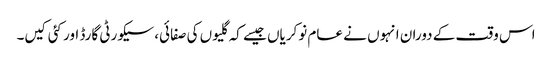
اس وقت کے دوران انہوں نے عام نوکریاں جیسے کہ گلیوں کی صفائی، سیکورٹی گارڈ اور کئی کیں۔